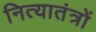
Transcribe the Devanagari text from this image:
नित्यातंत्रों